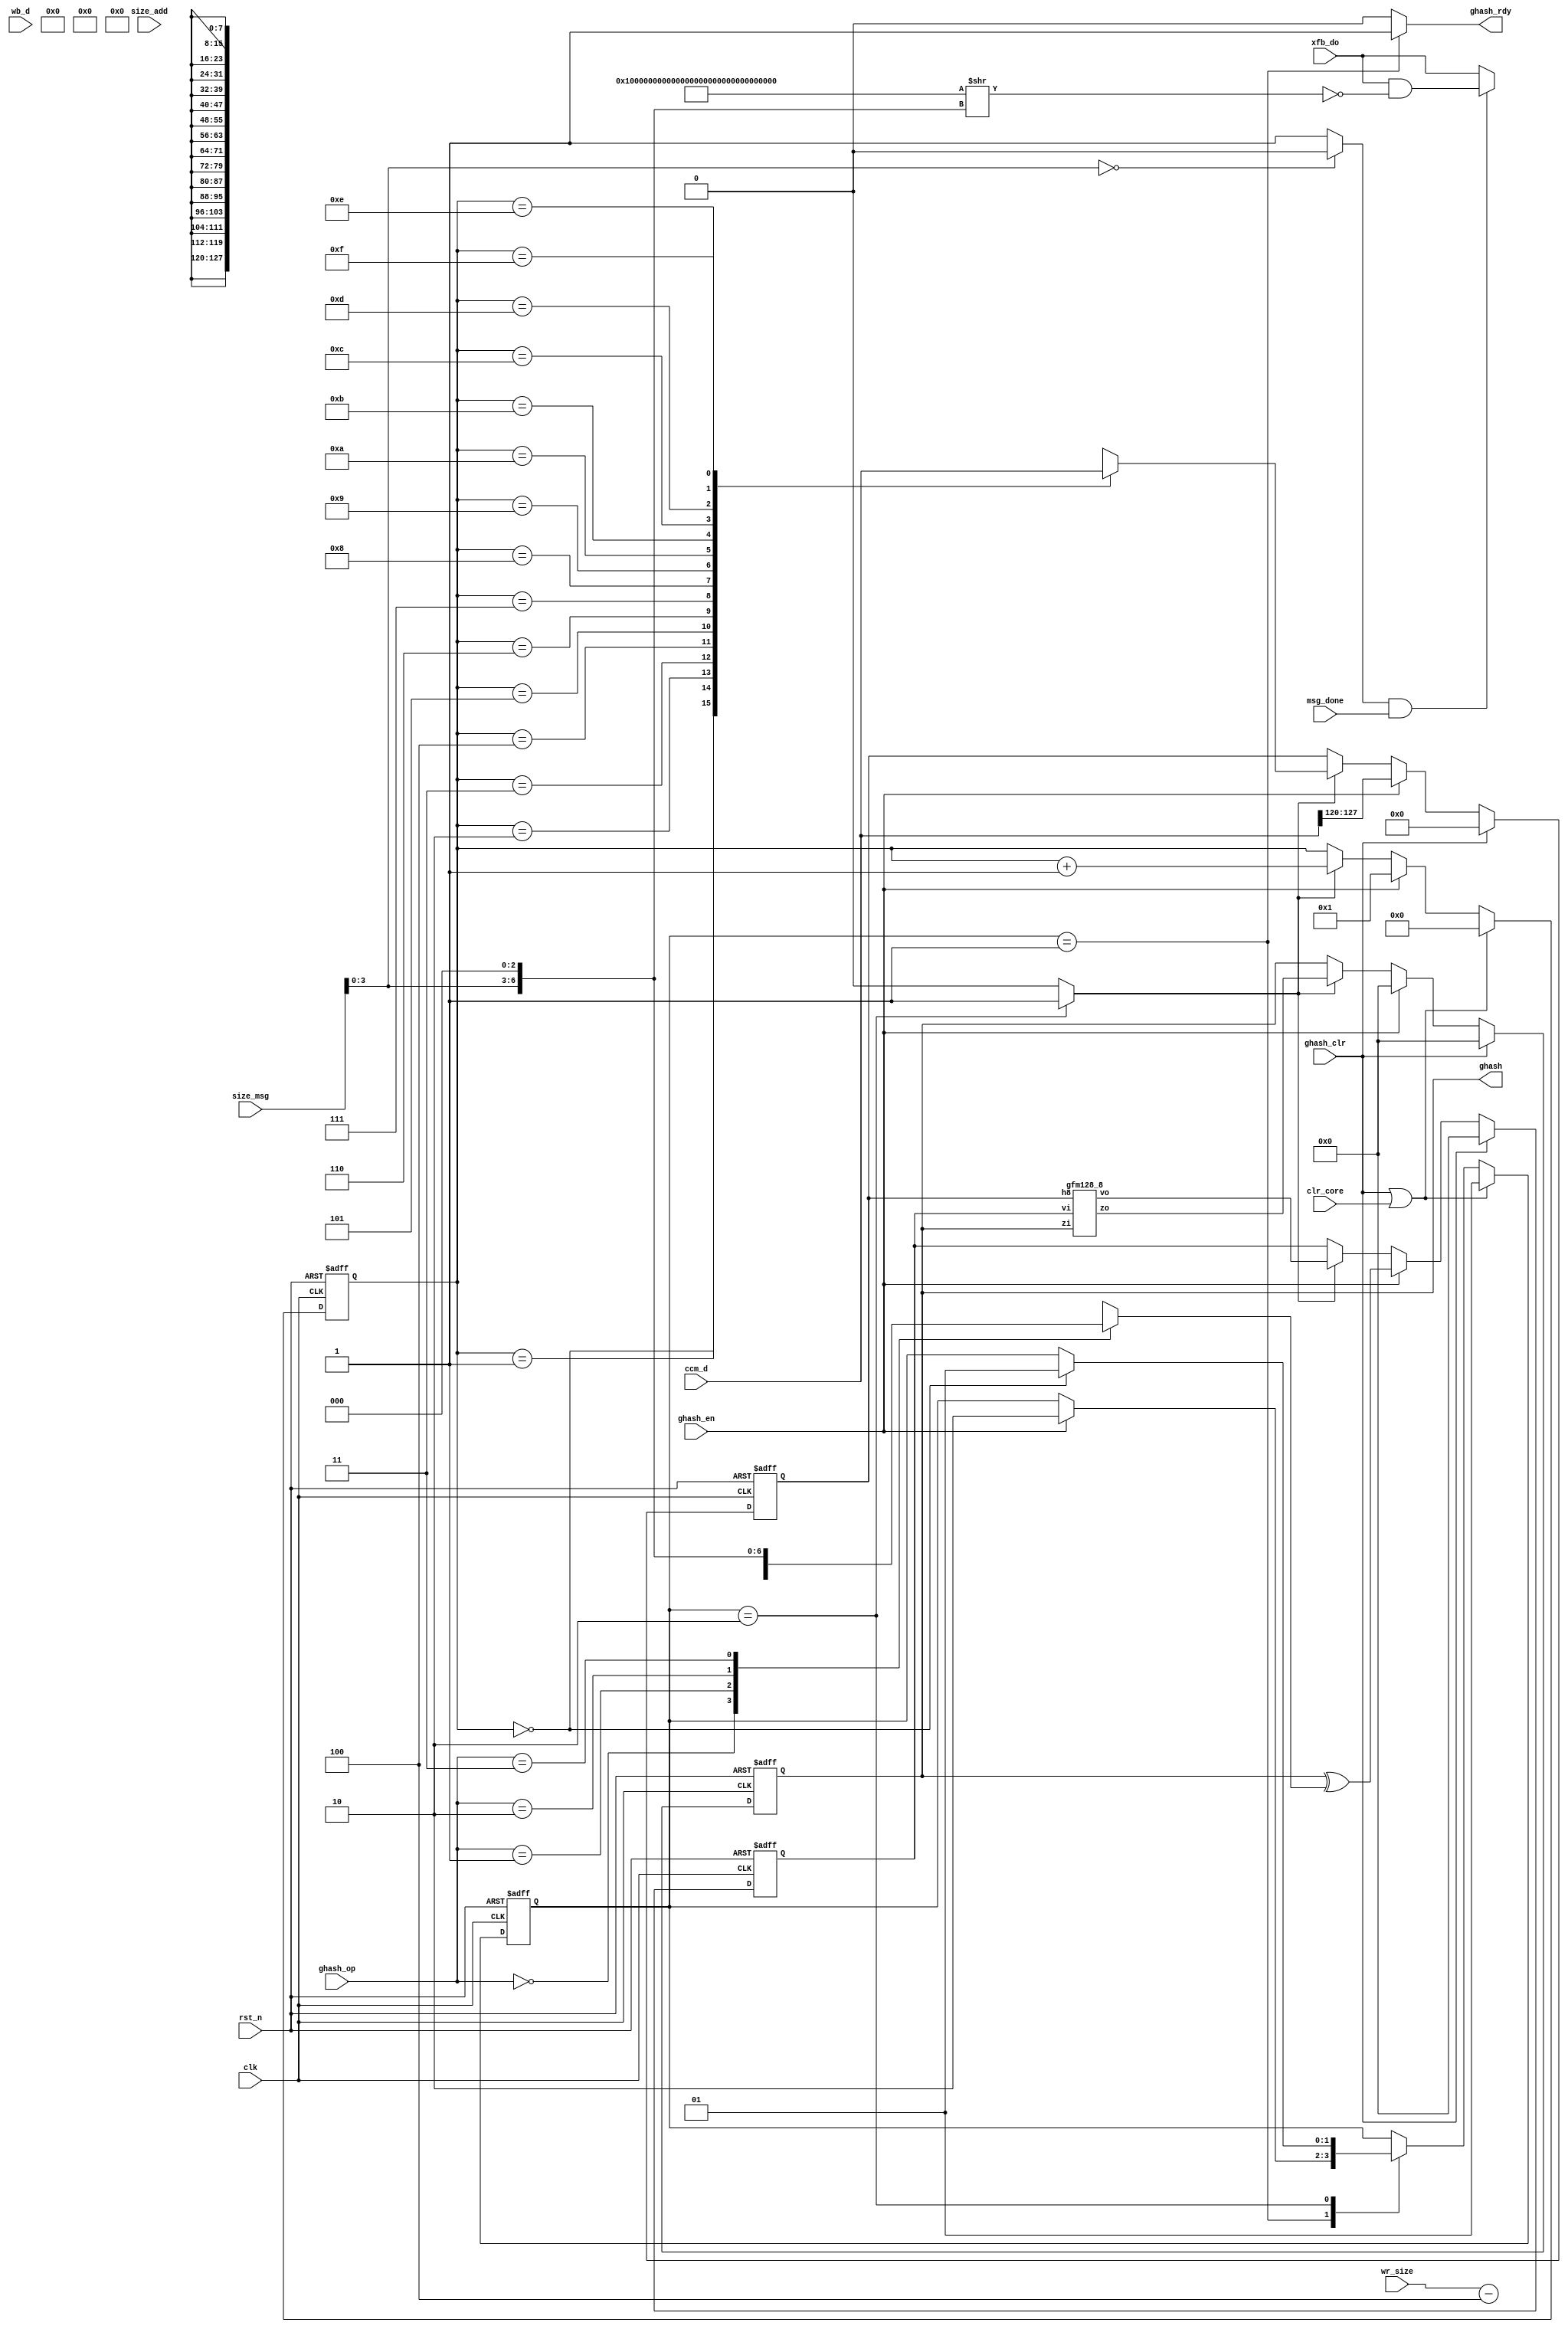
module moo_ghash (/*AUTOARG*/
   // Outputs
   ghash_rdy, ghash,
   // Inputs
   clk, rst_n, clr_core, ghash_op, ghash_en, ghash_clr, ccm_d, wb_d, xfb_do,
   wr_size, size_add, size_msg, msg_done
   ) ;
   input           clk, rst_n;
   input           clr_core;
   input [1:0]     ghash_op;
   input           ghash_en;
   input           ghash_clr;
   output          ghash_rdy;
   output [127:0]  ghash;

   input [127:0]   ccm_d;
   input [127:0]   wb_d;
   input [127:0]   xfb_do;

   input [15:0]    wr_size;
   input [15:0]    size_add;
   input [31:0]    size_msg;
   input           msg_done;

   /* Output Signal */
   reg [127:0]     ghash;
   reg             ghash_rdy;

   /* Internal Register */
   reg [127:0]     ghash_i;
   reg [127:0]     v;
   reg [7:0]       h8;
   reg [3:0]       counter;
   reg             ghash_nxt;

   wire [127:0]    z_nxt, v_nxt;

   localparam GHASH_WRD    = 2'b00;
   localparam GHASH_ENC    = 2'b01;
   localparam GHASH_NNC_F  = 2'b10;
   localparam GHASH_GCM_F  = 2'b11;

   wire [127:0]    enc_i, enc_msk;
   wire            block_n;
   assign enc_msk = {128{1'b1}} >> {size_msg[3:0], 3'd0};
   assign block_n = (size_msg[3:0] == 4'd0) ? 0 : 1;
   assign enc_i   = (block_n & msg_done) ? (xfb_do & (~enc_msk)) : xfb_do;
   wire [15:0]     nnc_size;
   assign nnc_size = wr_size - 16'd4;

   always @ (*) begin
      case (ghash_op)
        GHASH_WRD   : ghash_i  = wb_d;
        GHASH_ENC   : ghash_i  = enc_i;
        GHASH_NNC_F : ghash_i  = {93'd0, nnc_size, 3'd0};
        GHASH_GCM_F : ghash_i  = {45'd0, size_add, 32'd0, size_msg, 3'd0};
      endcase // case (ghash_op)
   end

   /* H8 Next Value */
   reg   [7:0] h8_nxt;
   always @ (*) begin
      case (counter)
        4'd0  : h8_nxt = ccm_d[127:120];
        4'd1  : h8_nxt = ccm_d[119:112];
        4'd2  : h8_nxt = ccm_d[111:104];
        4'd3  : h8_nxt = ccm_d[103:096];
        4'd4  : h8_nxt = ccm_d[095:088];
        4'd5  : h8_nxt = ccm_d[087:080];
        4'd6  : h8_nxt = ccm_d[079:072];
        4'd7  : h8_nxt = ccm_d[071:064];
        4'd8  : h8_nxt = ccm_d[063:056];
        4'd9  : h8_nxt = ccm_d[055:048];
        4'd10 : h8_nxt = ccm_d[047:040];
        4'd11 : h8_nxt = ccm_d[039:032];
        4'd12 : h8_nxt = ccm_d[031:024];
        4'd13 : h8_nxt = ccm_d[023:016];
        4'd14 : h8_nxt = ccm_d[015:008];
        4'd15 : h8_nxt = ccm_d[007:000];
      endcase // case (counter)
   end

   /* Counter Register */
   always @ (posedge clk or negedge rst_n) begin
      if(!rst_n) begin
         counter <= 4'd0;
      end else begin
         if(clr_core | ghash_clr) begin
            counter <= 4'd0;
         end else if (ghash_en) begin
            counter <= 4'd1;
         end else if (ghash_nxt) begin
            counter <= counter + 4'd1;
         end
      end
   end

   always @ (posedge clk or negedge rst_n) begin
      if(!rst_n) begin
         v     <= 128'd0;
         ghash <= 128'd0;
         h8    <= 8'd0;
      end else begin
         if(ghash_clr) begin
            v     <= 128'd0;
            ghash <= 128'd0;
            h8    <= 8'd0;
         end else if(ghash_en) begin
            v     <= ghash ^ ghash_i;
            ghash <= 128'd0;
            h8    <= ccm_d[127:120];
         end else if(ghash_nxt) begin
            v     <= v_nxt;
            ghash <= z_nxt;
            h8    <= h8_nxt;
         end
      end
   end


   /* State Register */
   localparam ST_IDLE = 2'b01;
   localparam ST_HASH = 2'b10;
   reg [1:0]      state, state_nxt;

   always @ (posedge clk or negedge rst_n) begin
      if(!rst_n) begin
         state <= ST_IDLE;
      end else begin
         if(ghash_clr | clr_core) begin
            state <= ST_IDLE;
         end else begin
            state <= state_nxt;
         end
      end
   end

   /* State Transition */
   always @ (*) begin
      state_nxt   = state;
      ghash_rdy   = 0;
      ghash_nxt   = 0;
      case (state)
        ST_IDLE : begin
           ghash_rdy   = 1;
           if(ghash_en) begin
              state_nxt  = ST_HASH;
           end
        end
        ST_HASH : begin
           ghash_nxt   = 1;
           if(counter == 4'd0) begin
              state_nxt   = ST_IDLE;
           end
        end
      endcase // case (state)
   end


   /* GFM Module */
   gfm128_8 GFM (
                 // Outputs
                 .vo                    (v_nxt[127:0]),
                 .zo                    (z_nxt[127:0]),
                 // Inputs
                 .vi                    (v[127:0]),
                 .zi                    (ghash[127:0]),
                 /*AUTOINST*/
                 // Inputs
                 .h8                    (h8[7:0]));

endmodule // moo_ghash
module gfm128_8 (/*AUTOARG*/
   // Outputs
   vo, zo,
   // Inputs
   vi, zi, h8
   ) ;
   input [127:0]  vi;
   input [127:0]  zi;
   input [7:0]    h8;

   output [127:0] vo;
   output [127:0] zo;


   wire [127:0]   vo;
   wire [127:0]   zo;


   wire   [7:0] t0, t1, t2, t3, t4, t5, t6, t7, t8;

   assign vo = {t8, t7[0], t6[0], t5[0], t4[0], t3[0], t2[0], t1[0], t0[0], vi[119:8]};

   assign t0 = {vi[127:120]};
   assign t1 = {vi[0], vi[0]^t0[7], vi[0]^t0[6], t0[5:2], vi[0]^t0[1]};
   assign t2 = {vi[1], vi[1]^t1[7], vi[1]^t1[6], t1[5:2], vi[1]^t1[1]};
   assign t3 = {vi[2], vi[2]^t2[7], vi[2]^t2[6], t2[5:2], vi[2]^t2[1]};
   assign t4 = {vi[3], vi[3]^t3[7], vi[3]^t3[6], t3[5:2], vi[3]^t3[1]};
   assign t5 = {vi[4], vi[4]^t4[7], vi[4]^t4[6], t4[5:2], vi[4]^t4[1]};
   assign t6 = {vi[5], vi[5]^t5[7], vi[5]^t5[6], t5[5:2], vi[5]^t5[1]};
   assign t7 = {vi[6], vi[6]^t6[7], vi[6]^t6[6], t6[5:2], vi[6]^t6[1]};
   assign t8 = {vi[7], vi[7]^t7[7], vi[7]^t7[6], t7[5:2], vi[7]^t7[1]};

   assign zo[127] = zi[127] ^ (^(h8 & {vi[127], t1[7], t2[7], t3[7], t4[7], t5[7], t6[7], t7[7]}));
   assign zo[126] = zi[126] ^ (^(h8 & {vi[126], t1[6], t2[6], t3[6], t4[6], t5[6], t6[6], t7[6]}));
   assign zo[125] = zi[125] ^ (^(h8 & {vi[125], t1[5], t2[5], t3[5], t4[5], t5[5], t6[5], t7[5]}));
   assign zo[124] = zi[124] ^ (^(h8 & {vi[124], t1[4], t2[4], t3[4], t4[4], t5[4], t6[4], t7[4]}));
   assign zo[123] = zi[123] ^ (^(h8 & {vi[123], t1[3], t2[3], t3[3], t4[3], t5[3], t6[3], t7[3]}));
   assign zo[122] = zi[122] ^ (^(h8 & {vi[122], t1[2], t2[2], t3[2], t4[2], t5[2], t6[2], t7[2]}));
   assign zo[121] = zi[121] ^ (^(h8 & {vi[121], t1[1], t2[1], t3[1], t4[1], t5[1], t6[1], t7[1]}));
   assign zo[120] = zi[120] ^ (^(h8 & {vi[120], t1[0], t2[0], t3[0], t4[0], t5[0], t6[0], t7[0]}));

   assign zo[119] = zi[119] ^ (^(h8 & {vi[119], vi[120], t1[0],   t2[0],   t3[0],   t4[0],   t5[0],   t6[0]}));
   assign zo[118] = zi[118] ^ (^(h8 & {vi[118], vi[119], vi[120], t1[0],   t2[0],   t3[0],   t4[0],   t5[0]}));
   assign zo[117] = zi[117] ^ (^(h8 & {vi[117], vi[118], vi[119], vi[120], t1[0],   t2[0],   t3[0],   t4[0]}));
   assign zo[116] = zi[116] ^ (^(h8 & {vi[116], vi[117], vi[118], vi[119], vi[120], t1[0],   t2[0],   t3[0]}));
   assign zo[115] = zi[115] ^ (^(h8 & {vi[115], vi[116], vi[117], vi[118], vi[119], vi[120], t1[0],   t2[0]}));
   assign zo[114] = zi[114] ^ (^(h8 & {vi[114], vi[115], vi[116], vi[117], vi[118], vi[119], vi[120], t1[0]}));

   genvar         i;
   generate
      for(i=0; i < 114 ; i = i + 1) begin : zo_loop
         assign zo[i] = zi[i] ^ (^(h8 & {vi[i], vi[i+1], vi[i+2], vi[i+3], vi[i+4], vi[i+5], vi[i+6], vi[i+7]}));
      end
   endgenerate

endmodule